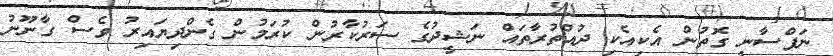
ނަފްސާނީ ގޮތުން އެކިއެކި ދުއްތުރާތައް ނަޝީދުގެ ސަރުކާރުން ކުރަމުން ގެންދިޔައިރު ވެސް ގާނޫނު